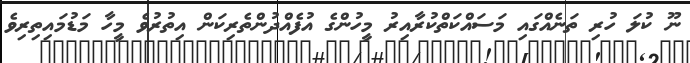
ނޫ ކުލަ ހުރި ތަނެއްގައި މަސައްކަތްކުރާއިރު މީހުންގެ އުފެއްދުންތެރިކަން އިތުރުވެ މީހާ މަޑުމައިތިރިވެ